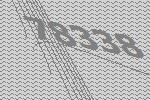
78338